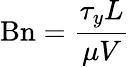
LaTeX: \mathrm{Bn}={\frac{\tau_{y}L}{\mu V}}